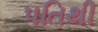
પતિથી